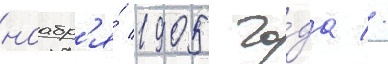
ноабр'я́ 1905 го́да //